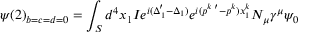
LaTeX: \psi ( 2 ) _ { b = c = d = 0 } = \int _ { S } d ^ { 4 } x _ { 1 } I e ^ { i ( \Delta _ { 1 } ^ { \prime } - \Delta _ { 1 } ) } e ^ { i ( p ^ { k \; \prime } - p ^ { k } ) x _ { 1 } ^ { k } } N _ { \mu } \gamma ^ { \mu } \psi _ { 0 }